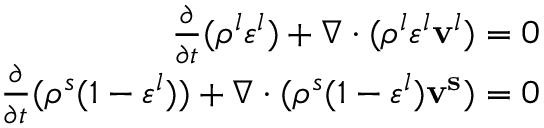
\begin{array} { r } { \frac { \partial } { \partial t } ( \rho ^ { l } \varepsilon ^ { l } ) + \nabla \cdot ( \rho ^ { l } \varepsilon ^ { l } \mathbf { v } ^ { l } ) = 0 } \\ { \frac { \partial } { \partial t } ( \rho ^ { s } ( 1 - \varepsilon ^ { l } ) ) + \nabla \cdot ( \rho ^ { s } ( 1 - \varepsilon ^ { l } ) \mathbf { v ^ { s } } ) = 0 } \end{array}